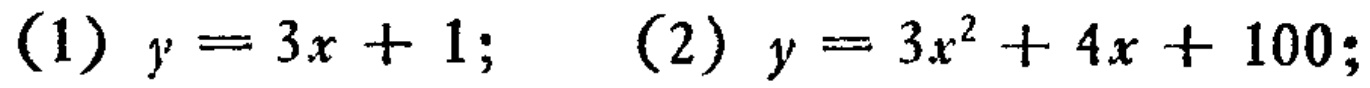
(1) \(y = 3x + 1\); (2) \(y = 3x^{2}+4x + 100\);